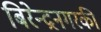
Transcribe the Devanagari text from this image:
बिरेन्द्रनगरकी